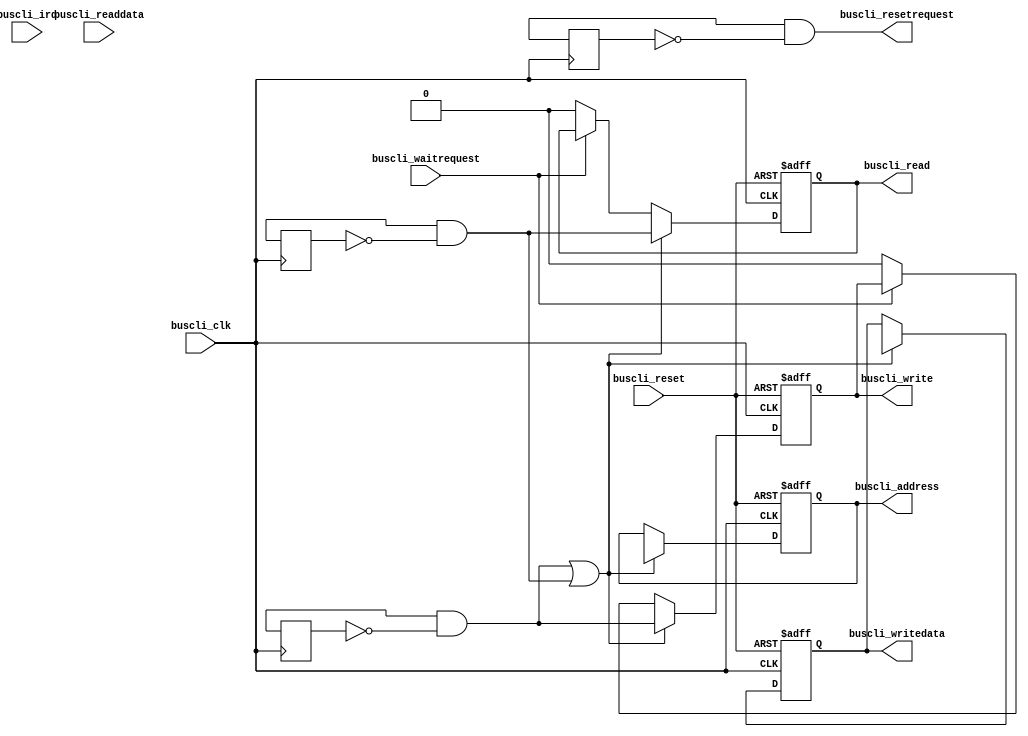
/*
 *
 */

`timescale 1 ns/ 1 ns
module buscli_jtag (
    `ifdef XILINX `ifdef AXI_IP
    inout [35:0] icontrol0,
    `endif `endif
    input  wire           buscli_reset,
    input  wire           buscli_clk,
    output reg            buscli_write,
    output reg            buscli_read,
    output reg  [32-1: 0] buscli_address,
    output reg  [32-1: 0] buscli_writedata,
    input  wire [32-1: 0] buscli_readdata,
    input  wire           buscli_waitrequest,
    input  wire           buscli_irq,
    output wire           buscli_resetrequest
);

wire [4+32+32-1:0] jtag_adda_out;
wire [4+32+32-1:0] jtag_stat_in;

wire rst_en_int, rd_en_int, wr_en_int;
wire [32-1:0] addr_int, data_int;
assign {rst_en_int, rd_en_int, wr_en_int} = jtag_adda_out[66:64];
assign {addr_int, data_int} = jtag_adda_out[32+32-1:0];

reg rst_en_d1, rd_en_d1, wr_en_d1;
always @(posedge buscli_clk) begin
    rst_en_d1 <= rst_en_int;
    rd_en_d1  <= rd_en_int;
    wr_en_d1  <= wr_en_int;
end

wire rst_en_pos = rst_en_int && !rst_en_d1;
wire rd_en_pos  = rd_en_int  && !rd_en_d1;
wire wr_en_pos  = wr_en_int  && !wr_en_d1;

always @(posedge buscli_reset or posedge buscli_clk) begin
    if (buscli_reset) begin
        buscli_write     <= 1'b0;
        buscli_read      <= 1'b0;
        buscli_address   <= 32'd0;
        buscli_writedata <= 32'd0;
    end
    else if (wr_en_pos || rd_en_pos) begin
        buscli_write     <= wr_en_pos;
        buscli_read      <= rd_en_pos;
        buscli_address   <= addr_int;
        buscli_writedata <= data_int;
    end
    else if (buscli_waitrequest) begin
        buscli_write     <= buscli_write;
        buscli_read      <= buscli_read;
        buscli_address   <= buscli_address;
        buscli_writedata <= buscli_writedata;
    end
    else begin
        buscli_write     <= 1'b0;
        buscli_read      <= 1'b0;
        buscli_address   <= buscli_address;
        buscli_writedata <= buscli_writedata;
    end
end


reg [31:0] buscli_clk_counter;
always @(posedge rst_en_pos or posedge buscli_clk) begin
    if (rst_en_pos)
        buscli_clk_counter <= 'd0;
    else
        buscli_clk_counter <= buscli_clk_counter + 1;
end

reg buscli_waitrequest_d1;
always @(posedge buscli_reset or posedge buscli_clk)
    if (buscli_reset)
        buscli_waitrequest_d1 <= 1'b0;
    else
        buscli_waitrequest_d1 <= buscli_waitrequest;

reg [31:0] buscli_readdata_int;
always @(posedge buscli_reset or posedge buscli_clk) begin
    if (buscli_reset)
        buscli_readdata_int <= 32'd0;
    else if (!buscli_waitrequest && buscli_waitrequest_d1)
        buscli_readdata_int <= buscli_readdata;
end

assign jtag_stat_in = {buscli_reset, buscli_waitrequest_d1, buscli_irq, 1'd0, buscli_clk_counter, buscli_readdata_int};

assign buscli_resetrequest = rst_en_pos;

`ifdef XILINX

`ifdef AXI_IP
// external ICON
`else
// internal ICON
wire  [35:0] icontrol0;
`endif

chipscope_vio_adda_stat u_chipscope_vio_adda_stat (
    .adda_out(jtag_adda_out), 
    .stat_in(jtag_stat_in), 
    .clk(buscli_clk), 
    .icon_ctrl(icontrol0)
);
defparam
	u_chipscope_vio_adda_stat.adda_width = 4+32+32,
	u_chipscope_vio_adda_stat.stat_width = 4+32+32;

`ifdef AXI_IP
// external ICON
`else
// internal ICON
chipscope_icon u_chipscope_icon (
	.CONTROL0(icontrol0)
	);
`endif

`endif

endmodule